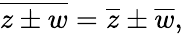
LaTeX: {\overline{{z\pm w}}}={\overline{{z}}}\pm{\overline{{w}}},